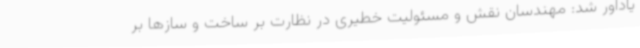
یادآور شد: مهندسان نقش و مسئولیت خطیری در نظارت بر ساخت و سازها بر